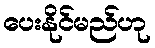
ပေးနိုင်မည်ဟု